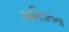
અમિરાતના